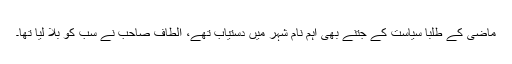
ماضی کے طلبا سیاست کے جتنے بھی اہم نام شہر میں دستیاب تھے، الطاف صاحب نے سب کو بلا لیا تھا۔